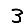
Digit: 3